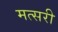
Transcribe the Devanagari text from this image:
मत्सरी